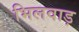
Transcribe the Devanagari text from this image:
भिलवाड़